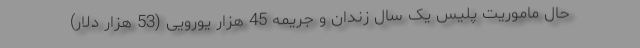
حال ماموریت پلیس یک سال زندان و جریمه 45 هزار یورویی (53 هزار دلار)